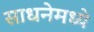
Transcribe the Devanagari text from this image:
साधनेमध्ये